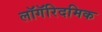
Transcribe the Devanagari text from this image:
लॉगॅरिदमिक